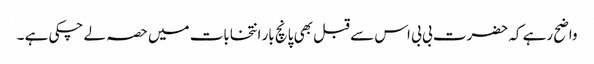
واضح رہے کہ حضرت بی بی اس سے قبل بھی پانچ بار انتخابات میں حصہ لے چکی ہے ۔